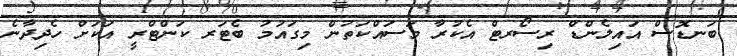
ބަނޑޮސް އައިލެންޑް ރިސޯރޓް އެކުރާ މަސައްކަތުން މިގައުމު ބެޓަރ ކަންޓްރީ އަކަށް ހެދިދާނެ